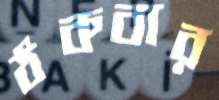
ঠকবার